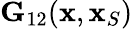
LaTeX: {\mathbf G}_{12}({\mathbf x},{\mathbf x}_{S})